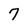
Character: 7